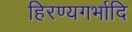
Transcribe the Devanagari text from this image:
हिरण्यगर्भादि